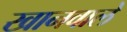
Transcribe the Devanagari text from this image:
खानवाले